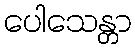
ပေါသေန္တာ